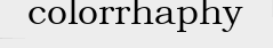
colorrhaphy